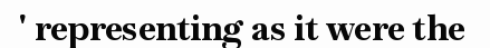
' representing as it were the